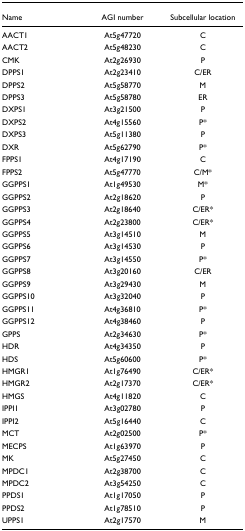
| Name | AGI number | Subcellular location |
 | --- | --- | --- |
 | AACT1 | At5g47720 | C |
 | AACT2 | At5g48230 | C |
 | CMK | At2g26930 | P |
 | DPPS1 | At2g23410 | C/ER |
 | DPPS2 | At5g58770 | M |
 | DPPS3 | At5g58780 | ER |
 | DXPS1 | At3g21500 | P |
 | DXPS2 | At4g15560 | P* |
 | DXPS3 | At5g11380 | P |
 | DXR | At5g62790 | P* |
 | FPPS1 | At4g17190 | C |
 | FPPS2 | At5g47770 | C/M* |
 | GGPPS1 | At1g49530 | M* |
 | GGPPS2 | At2g18620 | P |
 | GGPPS3 | At2g18640 | C/ER* |
 | GGPPS4 | At2g23800 | C/ER* |
 | GGPPS5 | At3g14510 | M |
 | GGPPS6 | At3g14530 | P |
 | GGPPS7 | At3g14550 | P* |
 | GGPPS8 | At3g20160 | C/ER |
 | GGPPS9 | At3g29430 | M |
 | GGPPS10 | At3g32040 | P |
 | GGPPS11 | At4g36810 | P* |
 | GGPPS12 | At4g38460 | P |
 | GPPS | At2g34630 | P* |
 | HDR | At4g34350 | P |
 | HDS | At5g60600 | P* |
 | HMGR1 | At1g76490 | C/ER* |
 | HMGR2 | At2g17370 | C/ER* |
 | HMGS | At4g11820 | C |
 | IPPI1 | At3g02780 | P |
 | IPPI2 | At5g16440 | C |
 | MCT | At2g02500 | P* |
 | MECPS | At1g63970 | P |
 | MK | At5g27450 | C |
 | MPDC1 | At2g38700 | C |
 | MPDC2 | At3g54250 | C |
 | PPDS1 | At1g17050 | P |
 | PPDS2 | At1g78510 | P |
 | UPPS1 | At2g17570 | M |